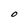
Character: O